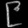
Digit: ၉